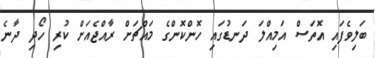
ބަލިވެފައި އޮތަސް އަމިއްލަ ދަނޑުގައި ހޮންކޮންގެ މައްޗަށް ރާއްޖެއަށް ކުރި ހޯދި ދާނެ